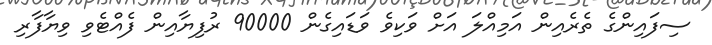
ސިފައިންގެ ތެރެއިން އަމިއްލަ އަށް ވަކިވެ ވަޑައިގެން 90000 ރުފިޔާއިން ފެއްޓެވި ވިޔާފާރި